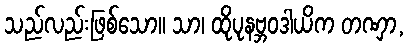
သည်လည်းဖြစ်သော။ သာ၊ ထိုပုနဗ္ဘဝဒါယိက တဏှာ,